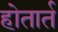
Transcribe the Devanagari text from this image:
होतार्त